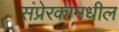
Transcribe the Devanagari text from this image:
संप्रेरकामधील